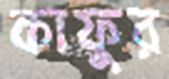
কাফুর